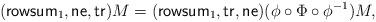
LaTeX: \begin{align*}(\mathsf{rowsum}_1,\mathsf{ne},\mathsf{tr})M=(\mathsf{rowsum}_1,\mathsf{tr},\mathsf{ne})(\phi\circ \Phi\circ\phi^{-1})M,\end{align*}